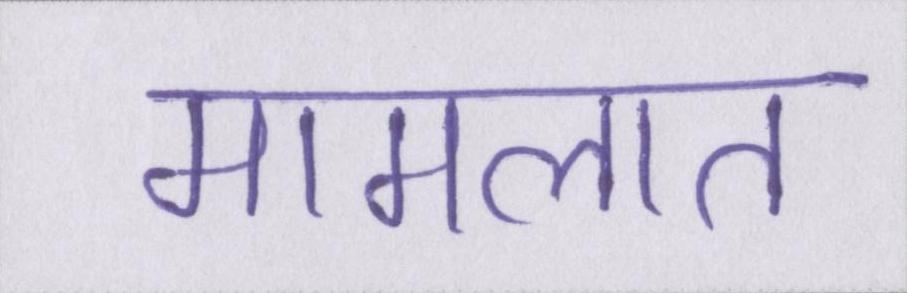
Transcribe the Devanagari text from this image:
मामलात